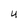
Character: U